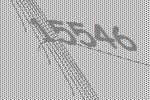
15546